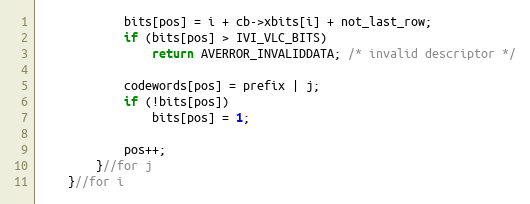
Language: C
            bits[pos] = i + cb->xbits[i] + not_last_row;
            if (bits[pos] > IVI_VLC_BITS)
                return AVERROR_INVALIDDATA; /* invalid descriptor */

            codewords[pos] = prefix | j;
            if (!bits[pos])
                bits[pos] = 1;

            pos++;
        }//for j
    }//for i